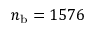
n _ { \mathrm { b } } = 1 5 7 6